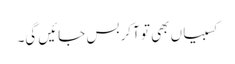
کسبیاں بھی تو آکر بس جائیں گی۔